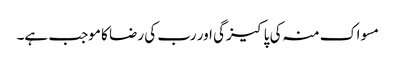
مسواک منہ کی پاکیزگی اور رب کی رضا کا موجب ہے۔